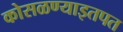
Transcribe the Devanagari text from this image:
कोसळण्याइतपत